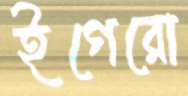
ইগেরো